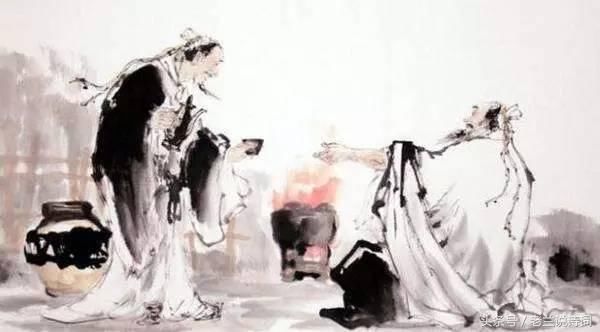
同为懒慢园林客，共对萧条雨雪天。